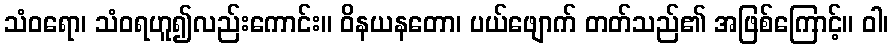
သံဝရော၊ သံဝရဟူ၍လည်းကောင်း။ ဝိနယနတော၊ ပယ်ဖျောက် တတ်သည်၏ အဖြစ်ကြောင့်။ ဝါ၊